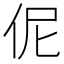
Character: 伲